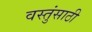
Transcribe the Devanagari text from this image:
वस्तुंसाठी